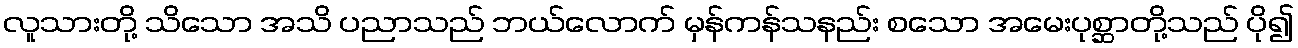
လူသားတို့ သိသော အသိ ပညာသည် ဘယ်လောက် မှန်ကန်သနည်း စသော အမေးပုစ္ဆာတို့သည် ပို၍